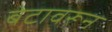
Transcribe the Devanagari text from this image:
बेटावरून